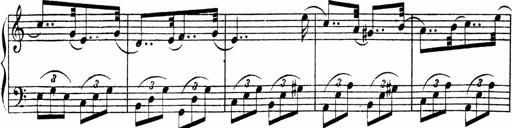
Title: Piano Sonata
Composer: Karl HÃ¤ssler
Key: C major